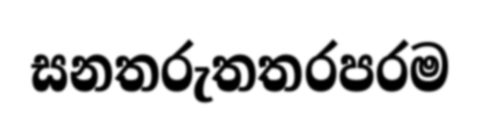
සනතරුතතරපරම